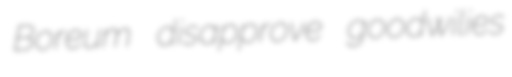
Boreum disapprove goodwilies